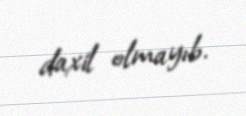
daxil olmayıb.